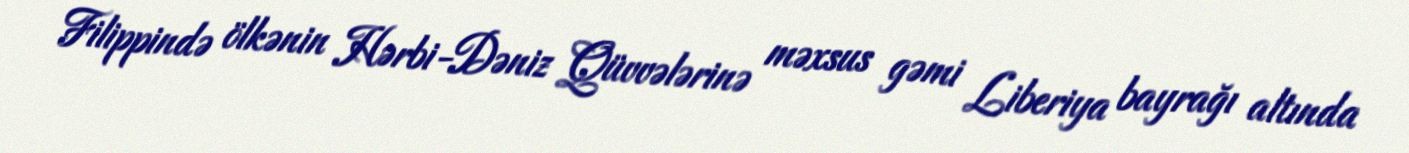
Filippində ölkənin Hərbi-Dəniz Qüvvələrinə məxsus gəmi Liberiya bayrağı altında